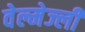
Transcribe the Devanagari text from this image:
वेल्मेज्ली